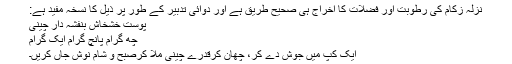
نزلہ زکام کی رطوبت اور فضلات کا اخراج ہی صحیح طریق ہے اور دوائی تدبیر کے طور پر ذیل کا نسخہ مفید ہے:
پوست خشخاش بنفشہ دار چینی
چھ گرام پانچ گرام ایک گرام
ایک کپ میں جوش دے کر، چھان کرقدرے چینی ملا کرصبح و شام نوش جاں کریں۔